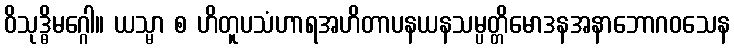
ဝိသုဒ္ဓိမဂ္ဂေါ။ ယသ္မာ စ ဟိတူပသံဟာရအဟိတာပနယနသမ္ပတ္တိမောဒနအနာဘောဂဝသေန